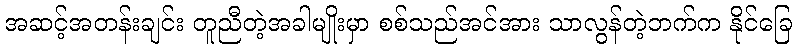
အဆင့်အတန်းချင်း တူညီတဲ့အခါမျိုးမှာ စစ်သည်အင်အား သာလွန်တဲ့ဘက်က နိုင်ခြေ